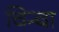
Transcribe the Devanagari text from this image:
चिन्चा